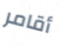
أقامر